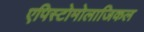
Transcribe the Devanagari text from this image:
एपिस्टोमोलाजिकल